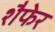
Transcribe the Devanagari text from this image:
शैफेर